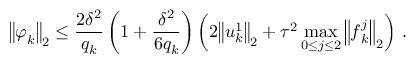
{ \left\| { \boldsymbol { \varphi } } _ { k } \right\| } _ { 2 } \leq \frac { 2 { \delta } ^ { 2 } } { { q } _ { k } } \left( 1 + \frac { { \delta } ^ { 2 } } { 6 { q } _ { k } } \right) \left( 2 { \left\| { \boldsymbol { u } } _ { k } ^ { 1 } \right\| } _ { 2 } + { \tau } ^ { 2 } \operatorname* { m a x } _ { 0 \leq j \leq 2 } { { \left\| { \boldsymbol { f } } _ { k } ^ { j } \right\| } _ { 2 } } \right) \, .